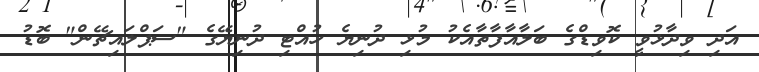
އަދި ވިދާޅުވީ ކޮވިޑްގެ ބަލާއާފާތާއެކު މުޅި ދުނިޔެ ހުއްޓި ދުނިޔޭގެ "ސަޕްލައިޗޭން" ބޮޑު